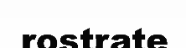
rostrate